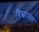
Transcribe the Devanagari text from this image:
विस्वासात